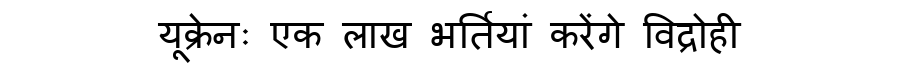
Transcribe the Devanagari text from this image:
यूक्रेनः एक लाख भर्तियां करेंगे विद्रोही